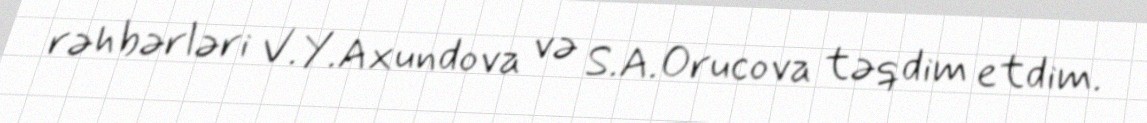
rəhbərləri V.Y.Axundova və S.A.Orucova təqdim etdim.